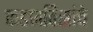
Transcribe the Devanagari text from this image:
फडणविसांचे